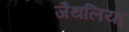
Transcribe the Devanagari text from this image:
जैथलिया